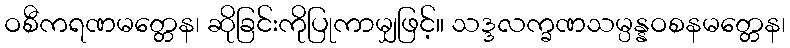
ဝစီကရဏမတ္တေန၊ ဆိုခြင်းကိုပြုကာမျှဖြင့်။ သဒ္ဒလက္ခဏသမ္ပန္နဝစနမတ္တေန၊